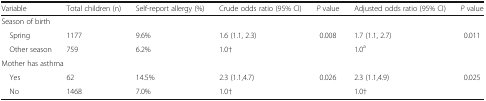
<table><thead><tr><td><b>Variable</b></td><td><b>Total children (n)</b></td><td><b>Self-report allergy (%)</b></td><td><b>Crude odds ratio (95% CI)</b></td><td><b><i>P</i> value</b></td><td><b>Adjusted odds ratio (95% CI)</b></td><td><b><i>P</i> value</b></td></tr></thead><tbody><tr><td colspan="7">Season of birth</td></tr><tr><td> Spring</td><td>1177</td><td>9.6%</td><td>1.6 (1.1, 2.3)</td><td>0.008</td><td>1.7 (1.1, 2.7)</td><td>0.011</td></tr><tr><td> Other season</td><td>759</td><td>6.2%</td><td>1.0†</td><td></td><td>1.0<sup>a</sup></td><td></td></tr><tr><td colspan="7">Mother has asthma</td></tr><tr><td> Yes</td><td>62</td><td>14.5%</td><td>2.3 (1.1,4.7)</td><td>0.026</td><td>2.3 (1.1,4.9)</td><td>0.025</td></tr><tr><td> No</td><td>1468</td><td>7.0%</td><td>1.0†</td><td></td><td>1.0†</td><td></td></tr></tbody></table>